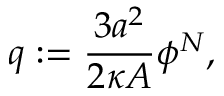
q : = \frac { 3 a ^ { 2 } } { 2 \kappa A } \phi ^ { N } ,